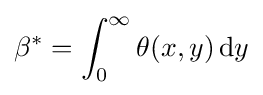
{\beta ^{*}}=\int _{0}^{\infty }{\theta (x,y)\,\mathrm {d} y}